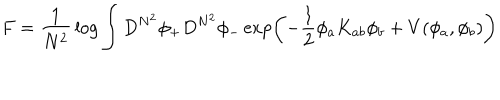
LaTeX: F = { \frac { 1 } { N ^ { 2 } } } \log \int D ^ { N ^ { 2 } } \phi _ { + } D ^ { N ^ { 2 } } \phi _ { - } \exp \left( - { \frac { 1 } { 2 } } \phi _ { a } K _ { a b } \phi _ { b } + V ( \phi _ { a } , \phi _ { b } ) \right)